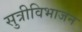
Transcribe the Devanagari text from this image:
सुत्रीविभाजन